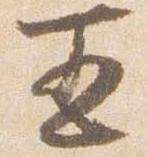
五